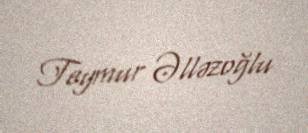
Teymur Əlləzoğlu